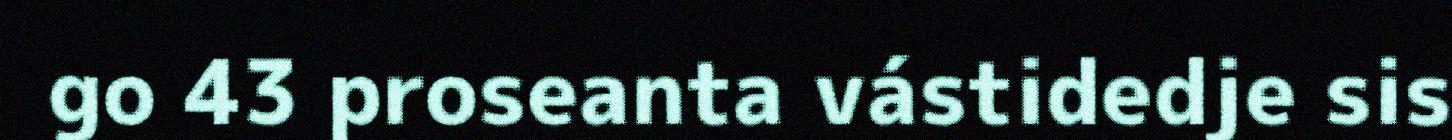
go 43 proseanta vástidedje sis